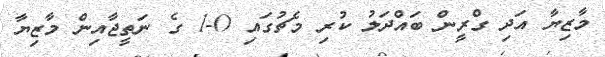
މާޒިޔާ އަދި ގްރީން ބައްދަލު ކުރި މެޗުގައި 0-1 ގެ ނަތީޖާއިން މާޒިޔާ